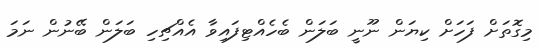
މިގޮތަށް ފަހަށް ކިޔަން ނޫނީ ބަލަން ބެހެއްޓިފައިވާ އެއްޗިހި ބަލަން ބޭނުން ނަމަ